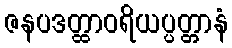
ဇနပဒတ္ထာဝရိယပ္ပတ္တာနံ